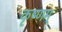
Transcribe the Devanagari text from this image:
कृष्णम्